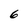
Character: 6